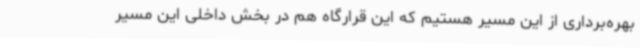
بهره‌برداری از این مسیر هستیم که این قرارگاه هم در بخش داخلی این مسیر